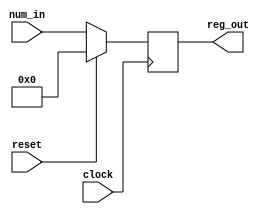
module REG_8BIT (reg_out, num_in, clock, reset);
    input [7: 0] num_in;
    input clock, reset;
    output reg [7: 0] reg_out;


    always @ (posedge clock)
    begin
        if (reset) reg_out <= 8'h00;
        else reg_out <= num_in;
    end
endmodule

module EXPANSION_BOX (in, out);
    input [3: 0] in;
    output [7: 0] out;

    assign out = {in[3], in[0], in[1], in[2], in[1], in[3], in[2], in[0]};
endmodule

module XOR_8BIT (xout_8, xin1_8, xin2_8);
    input [7: 0] xin1_8, xin2_8;
    output [7: 0] xout_8;

    assign xout_8 = xin1_8 ^ xin2_8;
endmodule

module XOR_4BIT (xout_4, xin1_4, xin2_4);
    input [3: 0] xin1_4, xin2_4;
    output [3: 0] xout_4;

    assign xout_4 = xin1_4 ^ xin2_4;
endmodule

module FULL_ADDER (in1, in2, cin, cout, sum);
    input in1, in2, cin;
    output cout, sum;

    assign {cout, sum} = (in1 + in2 + cin);
endmodule

module MUX2TO1_1BIT (in1, in2, sel, out);
    input in1, in2, sel;
    output out;

    assign out = sel ? in2: in1;
endmodule

module MUX2TO1_4BIT (in1, in2, sel, out);
    input [3: 0] in1, in2;
    output [3: 0] out;
    input sel;

    genvar j;

    generate for (j = 0; j < 4; j = j + 1) begin: MUX_LOOP
        MUX2TO1_1BIT Mj(in1[j], in2[j], sel, out[j]);
    end
    endgenerate

endmodule

module CSA_4BIT (inA, inB, cin, cout, sum);
    input [3: 0] inA, inB;
    input cin;
    output cout;
    output [3: 0] sum;

    wire [3: 0] sum1, sum2;
    wire cout1, cout2;
    wire [4: 0] carry1, carry2;

    assign carry1[0] = 1'b0;
    assign carry2[0] = 1'b1;

    genvar j;
    generate for (j = 0; j < 4; j = j + 1) begin: FULL_ADDER_1BIT
        FULL_ADDER Fj1(inA[j], inB[j], carry1[j], carry1[j + 1], sum1[j]);
        FULL_ADDER Fj2(inA[j], inB[j], carry2[j], carry2[j + 1], sum2[j]);
    end
    endgenerate

    MUX2TO1_1BIT MUX_COUT(carry1[4], carry2[4], cin, cout);
    MUX2TO1_4BIT MUX_SUM (sum1, sum2, cin, sum);
endmodule

module CONCAT (concat_out, concat_in1, concat_in2);
    input [3: 0] concat_in1, concat_in2;
    output [7: 0] concat_out;

    assign concat_out = {concat_in1, concat_in2};
endmodule

module ENCRYPT (number, key, clock, reset, enc_number);
    input [7: 0] number, key;
    input clock, reset;
    output [7: 0] enc_number;

    wire [3: 0] xor2Out, CSAOut;
    wire [7: 0] numRegOut, keyRegOut, expBoxOut, xor1Out;
    wire CSACout;
    
    REG_8BIT NUM(numRegOut, number, clock, reset);
    REG_8BIT KEY(keyRegOut, key, clock, reset);
    EXPANSION_BOX EXP(numRegOut[3: 0], expBoxOut);
    XOR_8BIT XOR8 (xor1Out, expBoxOut, keyRegOut);
    CSA_4BIT CSA(xor1Out[7: 4], xor1Out[3: 0], keyRegOut[0], CSACout, CSAOut);
    XOR_4BIT XOR4 (xor2Out, numRegOut[7: 4], CSAOut);
    CONCAT CONCAT(enc_number, xor2Out, numRegOut[3: 0]);
endmodule

module TESTBENCH;
    reg [7: 0] number, key;
    wire [7: 0] enc_number;
    reg clock, reset;

    ENCRYPT ENC(number, key, clock, reset, enc_number);

    initial begin
        clock = 1'b0;
        reset = 1'b1;

        #15 reset = 1'b0;
    end

    always #5 clock = ~clock;

    always @ (posedge clock)
        $display("NUM = %d KEY = %d RESET = %b ENCRYPTED = %d\n", number, key, reset, enc_number);
    initial begin
       #12 number = 8'b01000110; key = 8'b10010011;
       #10 number = 8'b11001001; key = 8'b10101100;
       #10 number = 8'b10100101; key = 8'b01011010;
       #10 number = 8'b11110000; key = 8'b10110001;
       #10 $finish;
    end
endmodule